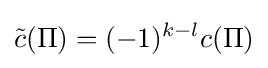
{\tilde {c}}(\Pi )=(-1)^{k-l}c(\Pi )